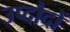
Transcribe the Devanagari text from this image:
उप्दौदों